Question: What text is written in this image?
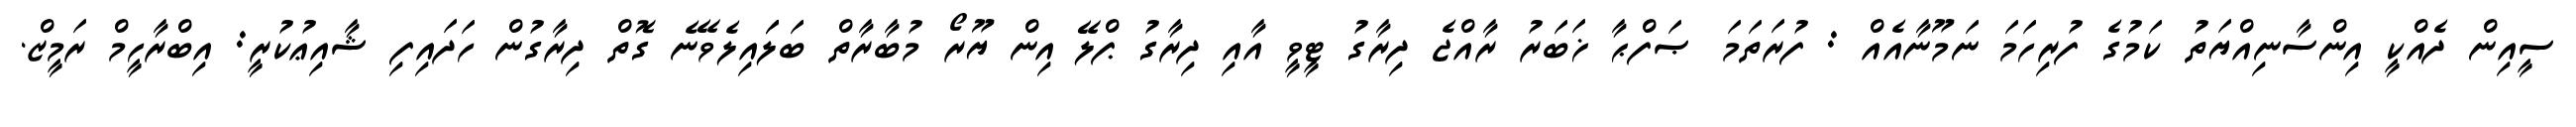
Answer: ސީއިން ދެއްކީ އިންސާނިއްޔަތު ކަމުގެ ފުރިހަމަ ނަމޫނާއެއް : ފުރަތަމަ ޞަފްޙާ ޚަބަރު ރާއްޖެ ދިރާގު ޓީވީ އާއި ދިރާގު ޕްލޭ އިން ޔޫރޯ މުބާރާތް ބަލަައިލެވޭނެ ގޮތް ދިރާގުން ހަދައިފި ޝާއިޢުކުރީ: އިބްރާހީމް ރަމީޒް.